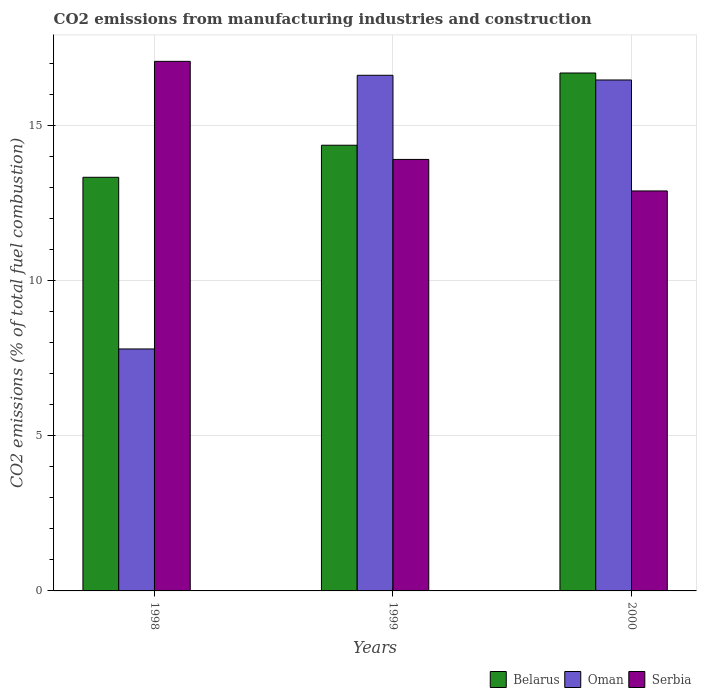
| Years | Belarus | Oman | Serbia |
 | --- | --- | --- | --- |
 | 1998 | 13.3 | 7.8 | 17.1 |
 | 1999 | 14.4 | 16.6 | 13.9 |
 | 2000 | 16.7 | 16.5 | 12.9 |